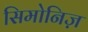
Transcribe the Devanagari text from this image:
सिमोनिज़